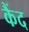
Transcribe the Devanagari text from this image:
कैंद